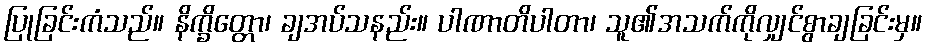
ပြုခြင်းကံသည်။ နိက္ခိတ္တော၊ ချအပ်သနည်း။ ပါဏာတိပါတာ၊ သူ၏အသက်ကိုလျှင်စွာချခြင်းမှ။